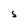
Character: s